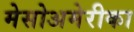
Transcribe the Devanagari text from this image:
मेसोअमेरीका